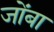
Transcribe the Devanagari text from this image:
जोंबा